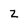
Character: Z